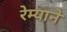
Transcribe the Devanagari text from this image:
रेम्याने